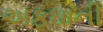
અફઘાની